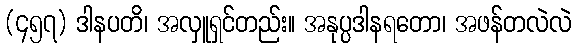
(၄၅၇) ဒါနပတိ၊ အလှူရှင်တည်း။ အနုပ္ပဒါနရတော၊ အဖန်တလဲလဲ